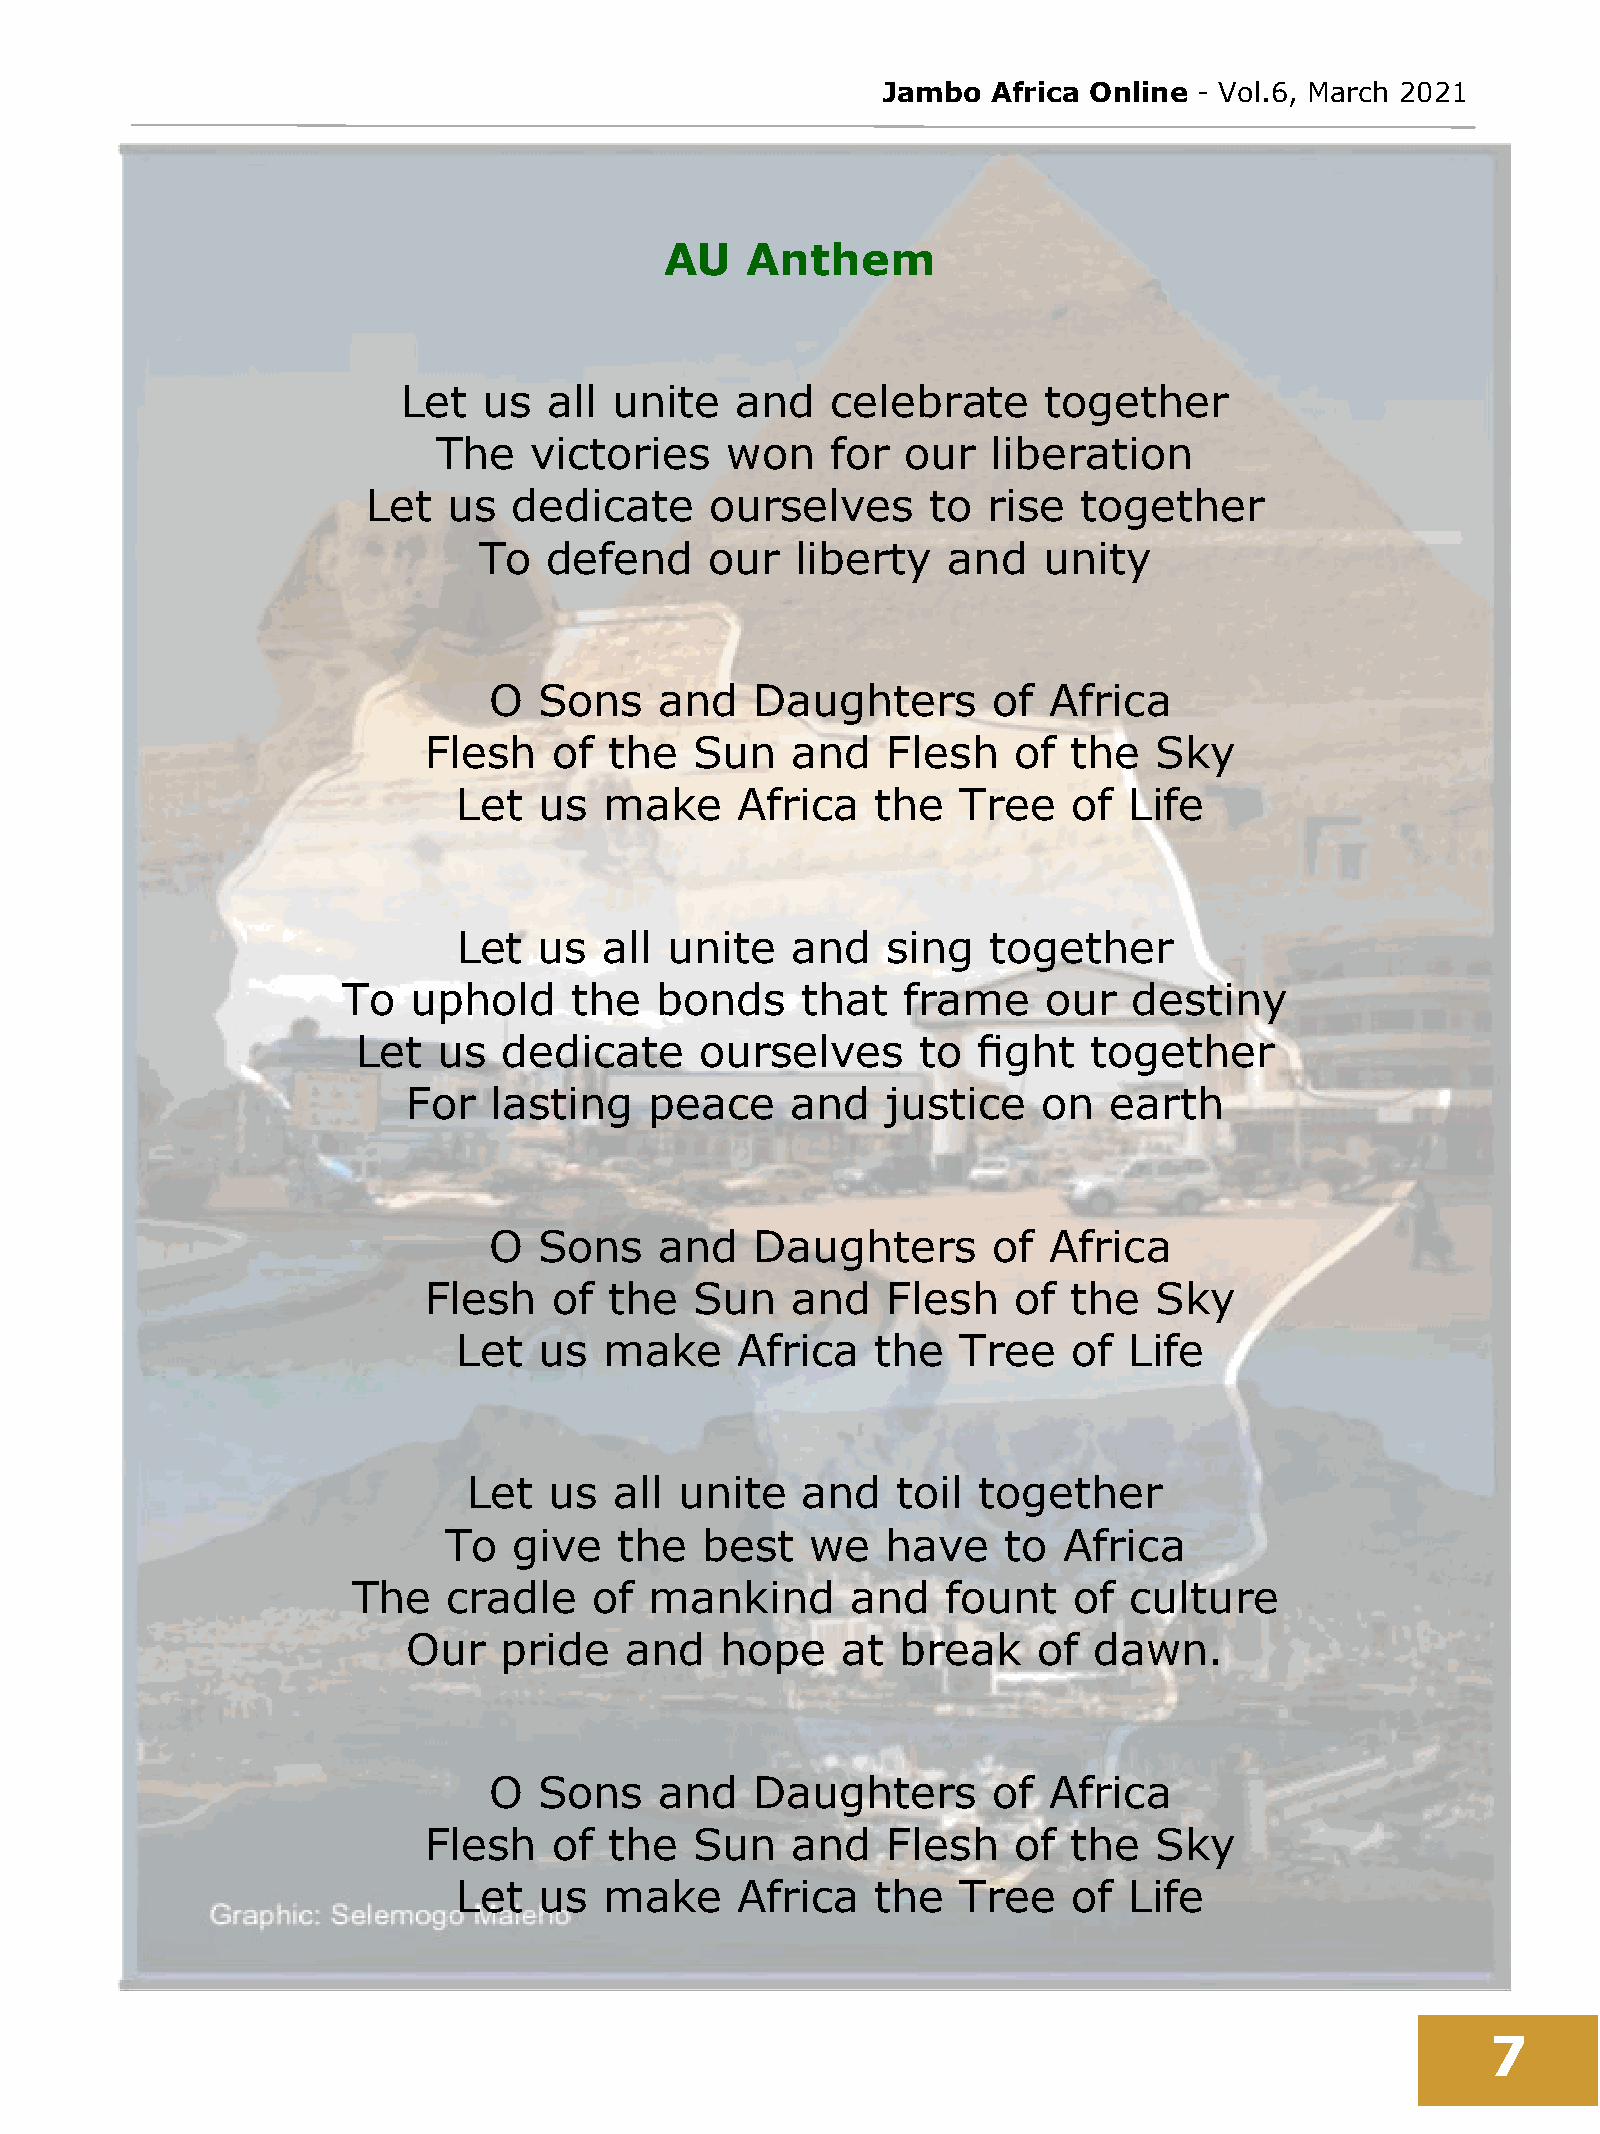
Jambo   Africa Online - Vol.6, March 2021
 AU   Anthem
 Let  us  all  unite   and   celebrate     together
 The   victories    won    for  our   liberation
 Let   us  dedicate     ourselves      to rise   together
 To  defend     our   liberty   and   unity
 O   Sons    and   Daughters       of Africa
 Flesh    of the   Sun   and    Flesh   of  the  Sky
 Let   us  make     Africa   the   Tree   of  Life
 Let   us  all unite   and    sing   together
 To  uphold     the  bonds     that   frame    our   destiny
 Let  us  dedicate     ourselves      to  fight  together
 For  lasting    peace    and    justice   on  earth
 O   Sons    and   Daughters       of Africa
 Flesh    of the   Sun   and    Flesh   of  the  Sky
 Let   us  make     Africa   the   Tree   of  Life
 Let  us   all unite   and   toil  together
 To   give   the  best    we   have    to Africa
 The    cradle   of  mankind      and    fount   of  culture
 Our   pride   and    hope    at  break    of dawn.
 O   Sons    and   Daughters       of Africa
 Flesh    of the   Sun   and    Flesh   of  the  Sky
 Let   us  make     Africa   the   Tree   of  Life
 7